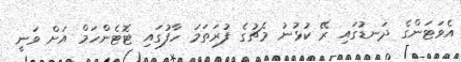
އެވަޓަންގެ ދަނޑުގައި ރޭ ކުޅުނު މެޗުގެ ފުރަތަމަ ހާފުގައި ޓޮޓެންހަމް އަށް ވަނީ